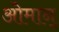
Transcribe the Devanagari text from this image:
ओमान्